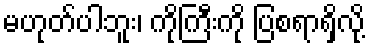
မဟုတ်ပါဘူး၊ ကိုကြီးကို ပြစရာရှိလို့